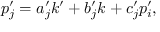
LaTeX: p _ { j } ^ { \prime } = a _ { j } ^ { \prime } k ^ { \prime } + b _ { j } ^ { \prime } k + c _ { j } ^ { \prime } p _ { i } ^ { \prime } ,